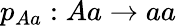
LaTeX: p_{Aa}:Aa\rightarrow aa